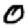
Digit: 0